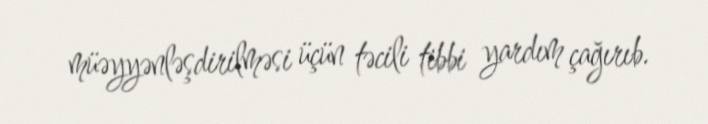
müəyyənləşdirilməsi üçün təcili tibbi yardım çağırıb.